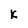
Character: k